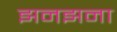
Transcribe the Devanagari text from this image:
झनझना